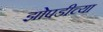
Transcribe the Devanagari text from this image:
झोपडीच्या